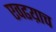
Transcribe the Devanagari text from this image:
एवढय़ाच